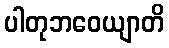
ပါတုဘဝေယျာတိ